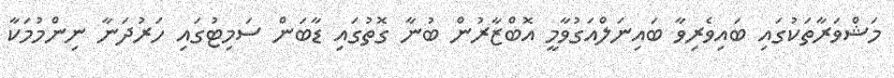
މަޝްވަރާތަކުގައި ބައިވެރިވާ ބައިނަލްއަގުވާމީ އޮބްޒާރުން ބުނާ ގޮތުގައި ޑާބަން ސަމިޓުގައި ހަރުދަނާ ނިންމުމަކާ